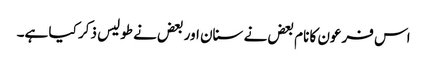
اس فرعون کا نام بعض نے سنان اور بعض نے طولیس ذکر کیا ہے۔